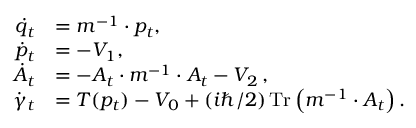
\begin{array} { r l } { \dot { q } _ { t } } & { = m ^ { - 1 } \cdot p _ { t } , } \\ { \dot { p } _ { t } } & { = - V _ { 1 } , } \\ { \dot { A } _ { t } } & { = - A _ { t } \cdot m ^ { - 1 } \cdot A _ { t } - V _ { 2 } \, , } \\ { \dot { \gamma } _ { t } } & { = T ( p _ { t } ) - V _ { 0 } + ( i \hbar / 2 ) \operatorname * { T r } \left( m ^ { - 1 } \cdot A _ { t } \right) . } \end{array}